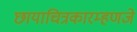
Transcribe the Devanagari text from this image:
छायाचित्रकारम्हणजे